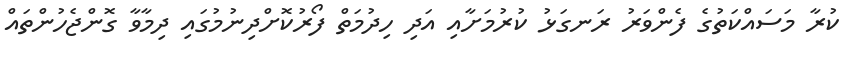
ކުރާ މަސައްކަތުގެ ފެންވަރު ރަނގަޅު ކުރުމަށާއި އަދި ހިދުމަތް ފޯރުކޮށްދިނުމުގައި ދިމާވާ ގޮންޖެހުންތައް